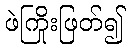
ဖဲကြိုးဖြတ်၍